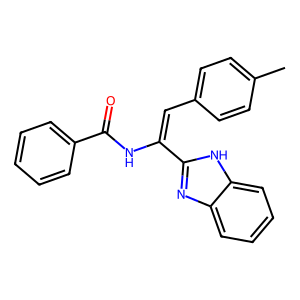
SMILES: Cc1ccc(C=C(NC(=O)c2ccccc2)c2nc3ccccc3[nH]2)cc1
Inhibits HIV replication: No